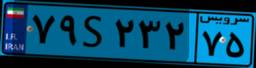
۸۶S۹۱۷۶۹